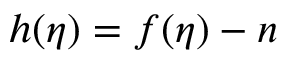
h ( \eta ) = f ( \eta ) - n